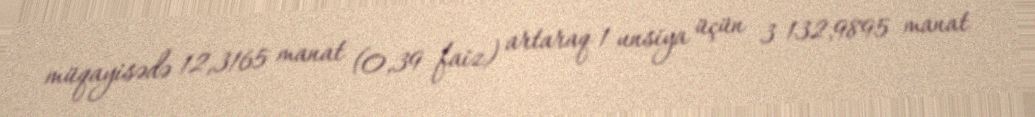
müqayisədə 12,3165 manat (0,39 faiz) artaraq 1 unsiya üçün 3 132,9895 manat